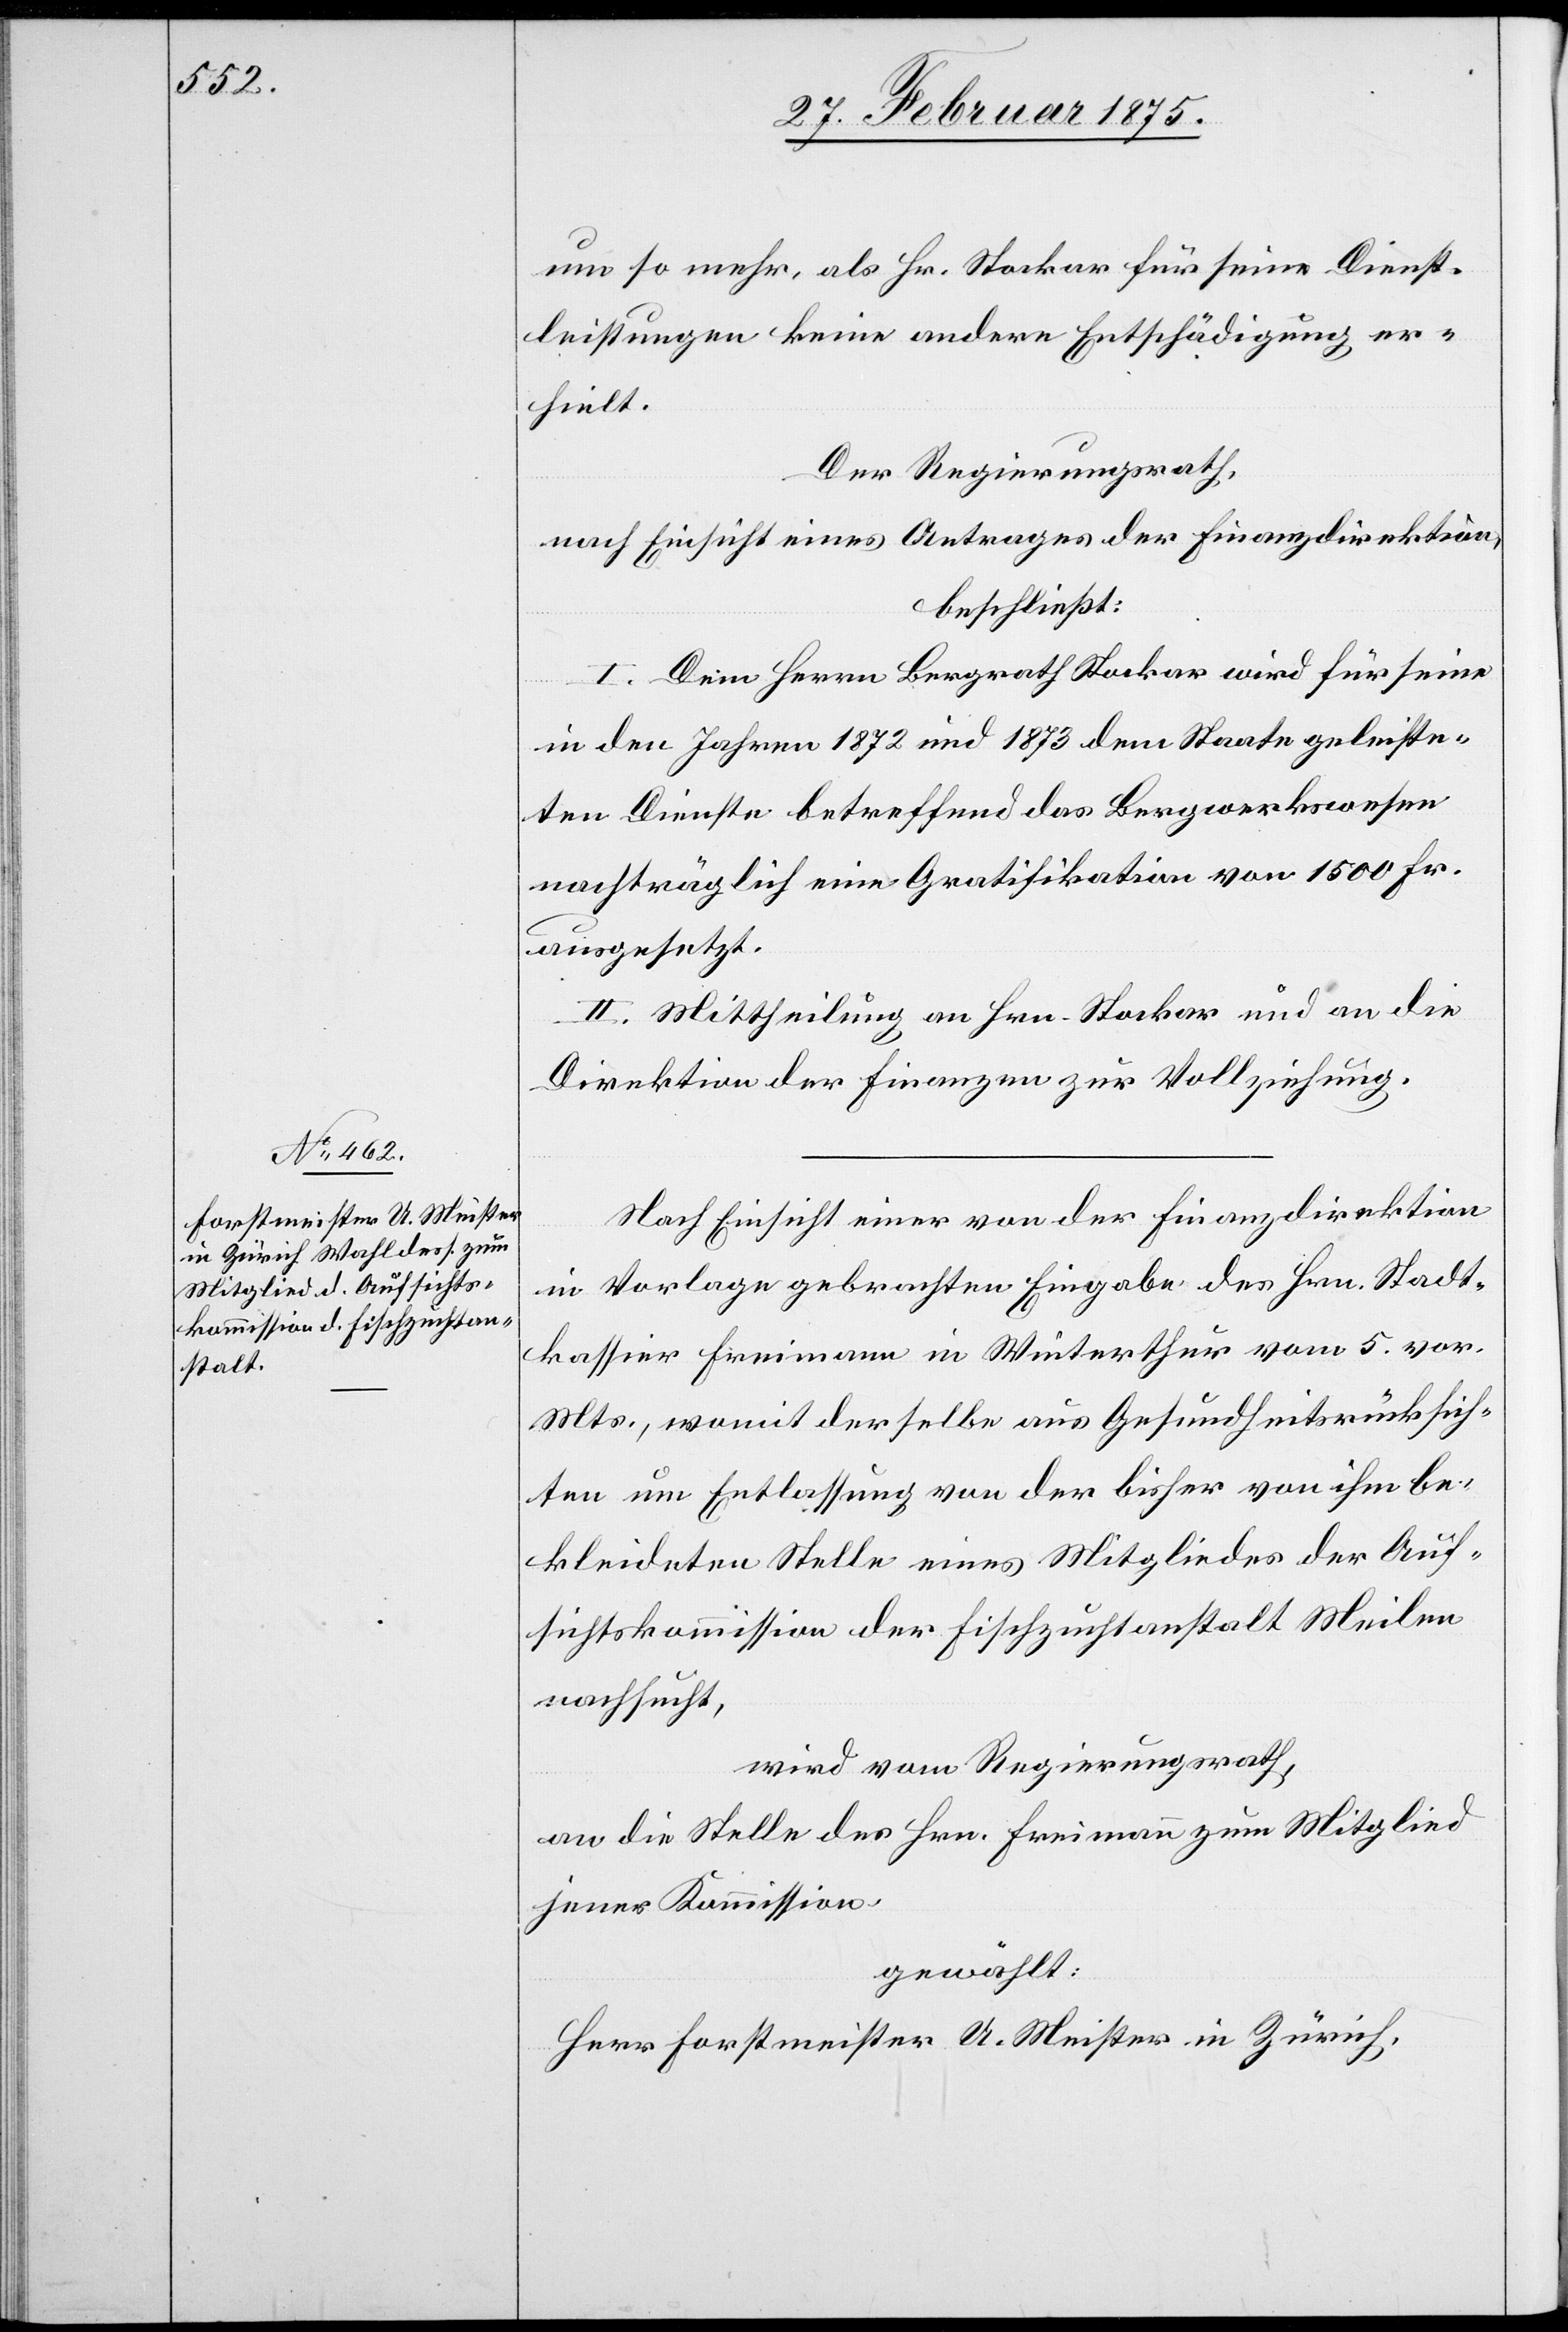
um so mehr, als Hr. Stockar für seine Dienst¬
leistungen keine andere Entschädigung er¬
hielt.
Der Regierungsrath,
nach Einsicht eines Antrages der Finanzdirektion,
beschließt:
I. Dem Herrn Bergrath Stockar wird für seine
in den Jahren 1872 und 1873 dem Staate geleiste¬
ten Dienste betreffend das Bergwerkswesen
nachträglich eine Gratifikation von 1500 Fr.
ausgesetzt.
II. Mittheilung an Hrn. Stockar und an die
Direktion der Finanzen zur Vollziehung.
Nach Einsicht einer von der Finanzdirektion
in Vorlage gebrachten Eingabe des Hrn. Stadt¬
kassier Freimann in Winterthur vom 5. vor.
Mts., womit derselbe aus Gesundheitsrücksich¬
ten um Entlassung von der bisher von ihm be¬
kleideten Stelle eines Mitgliedes der Auf¬
sichtskommission der Fischzuchtanstalt Meilen
nachsucht,
wird vom Regierungsrath,
an die Stelle des Hrn. Freimann zum Mitglied
jener Kommission,
gewählt:
Herr Forstmeister A. Meister in Zürich;